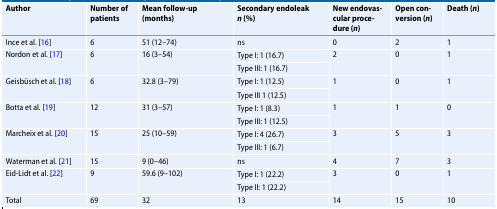
| Author | Number of patients | Mean follow-up(months) | Secondary endoleakn (%) | New endovascular procedure (n) | Open conversion (n) | Death (n) |
 | --- | --- | --- | --- | --- | --- | --- |
 | Ince et al. [16] | 6 | 51 (12–74) | ns | 0 | 2 | 1 |
 | <ROWSPAN=2> Nordon et al. [17] | <ROWSPAN=2> 6 | <ROWSPAN=2> 16 (3–54) | Type I: 1 (16.7) | <ROWSPAN=2> 2 | <ROWSPAN=2> 0 | <ROWSPAN=2> 1 |
 | Type III: 1 (16.7) |
 | <ROWSPAN=2> Geisbüsch et al. [18] | <ROWSPAN=2> 6 | <ROWSPAN=2> 32.8 (3–79) | Type I: 1 (12.5) | <ROWSPAN=2> 1 | <ROWSPAN=2> 0 | <ROWSPAN=2> 1 |
 | Type III 1 (12.5) |
 | <ROWSPAN=2> Botta et al. [19] | <ROWSPAN=2> 12 | <ROWSPAN=2> 31 (3–57) | Type I: 1 (8.3) | <ROWSPAN=2> 1 | <ROWSPAN=2> 1 | <ROWSPAN=2> 0 |
 | Type III: 1 (12.5) |
 | <ROWSPAN=2> Marcheix et al. [20] | <ROWSPAN=2> 15 | <ROWSPAN=2> 25 (10–59) | Type I: 4 (26.7) | <ROWSPAN=2> 3 | <ROWSPAN=2> 5 | <ROWSPAN=2> 3 |
 | Type III: 1 (6.7) |
 | Waterman et al. [21] | 15 | 9 (0–46) | ns | 4 | 7 | 3 |
 | <ROWSPAN=2> Eid-Lidt et al. [22] | <ROWSPAN=2> 9 | <ROWSPAN=2> 59.6 (9–102) | Type I: 1 (22.2) | <ROWSPAN=2> 3 | <ROWSPAN=2> 0 | <ROWSPAN=2> 1 |
 | Type II: 1 (22.2) |
 | Total | 69 | 32 | 13 | 14 | 15 | 10 |